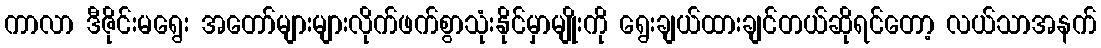
ကာလာ ဒီဇိုင်းမရွေး အတော်များများလိုက်ဖက်စွာသုံးနိုင်မှာမျိုးကို ရွေးချယ်ထားချင်တယ်ဆိုရင်တော့ လယ်သာအနက်